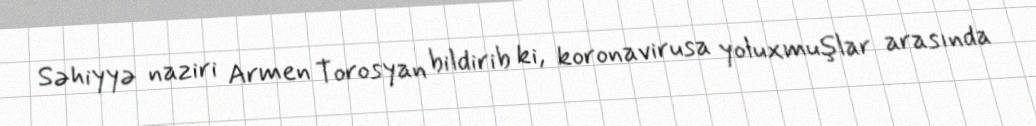
Səhiyyə naziri Armen Torosyan bildirib ki, koronavirusa yoluxmuşlar arasında